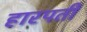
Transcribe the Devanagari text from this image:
हारपती